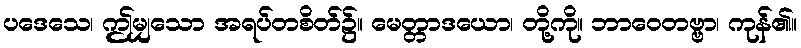
ပဒေသေ၊ ဤမျှသော အရပ်တစိတ်၌။ မေတ္တာဒယော၊ တို့ကို။ ဘာဝေတဗ္ဗာ၊ ကုန်၏။